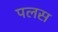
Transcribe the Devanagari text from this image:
पलस